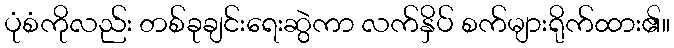
ပုံစံကိုလည်း တစ်ခုချင်းရေးဆွဲကာ လက်နှိပ် စက်များရိုက်ထား၏။